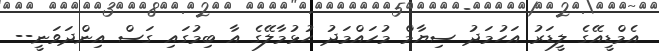
އެމްޑީއޭގެ ލީޑަރު އަހުމަދު ސިޔާމް މުހައްމަދު ހުޅުމާލޭގެ އާ ބިމުގައި ގަސް އިންދަވަނީ--